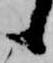
候